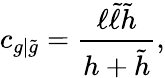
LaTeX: c_{g|\tilde{g}}=\frac{\ell\tilde{\ell}\tilde{h}}{h+\tilde{h}},